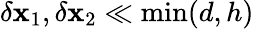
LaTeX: \delta\mathbf{x}_{1},\delta\mathbf{x}_{2}\ll\operatorname*{min}(d,h)